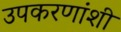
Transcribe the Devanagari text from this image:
उपकरणांशी